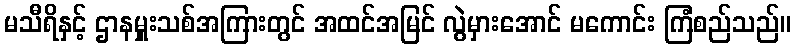
မသီရိနှင့် ဌာနမှူးသစ်အကြားတွင် အထင်အမြင် လွဲမှားအောင် မကောင်း ကြံစည်သည်။